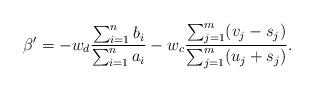
LaTeX: \begin{align*}\beta'= -w_d\frac{\sum_{i=1}^{n}b_i}{\sum_{i=1}^{n}a_i}-w_c\frac{\sum_{j=1}^{m}(v_j-s_j)}{\sum_{j=1}^{m}(u_j+s_j)}.\end{align*}